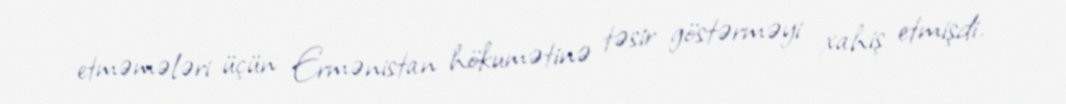
etməmələri üçün Ermənistan hökumətinə təsir göstərməyi xahiş etmişdi.